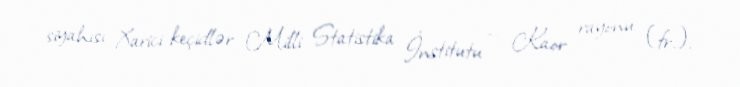
siyahısı Xarici keçidlər Milli Statistika İnstitutu — Kaor rayonu (fr.).